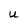
Character: U